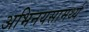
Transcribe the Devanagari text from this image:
अभिनयसामर्थ्य